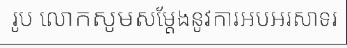
រូប លោកសូមសម្តែងនូវការអបអរសាទរ